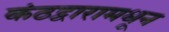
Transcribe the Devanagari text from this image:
कंठद्वारामधून